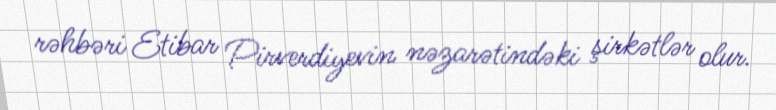
rəhbəri Etibar Pirverdiyevin nəzarətindəki şirkətlər olur.